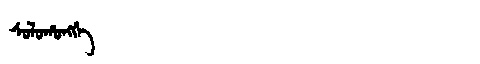
Manchu: ᠰᠣᠯᠣᡥᠣᠩᡤᡝ
Romanization: SOLOHONGGE